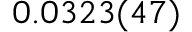
0 . 0 3 2 3 ( 4 7 )